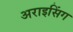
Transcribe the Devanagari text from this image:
अराइसिंग